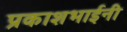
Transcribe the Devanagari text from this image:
प्रकाशभाईनी